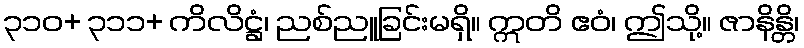
၃၁၀+ ၃၁၁+ ကိလိဋ္ဌံ၊ ညစ်ညူခြင်းမရှိ။ ဣတိ ဧဝံ၊ ဤသို့။ ဇာနိန္တိ၊